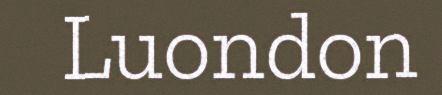
Luondon